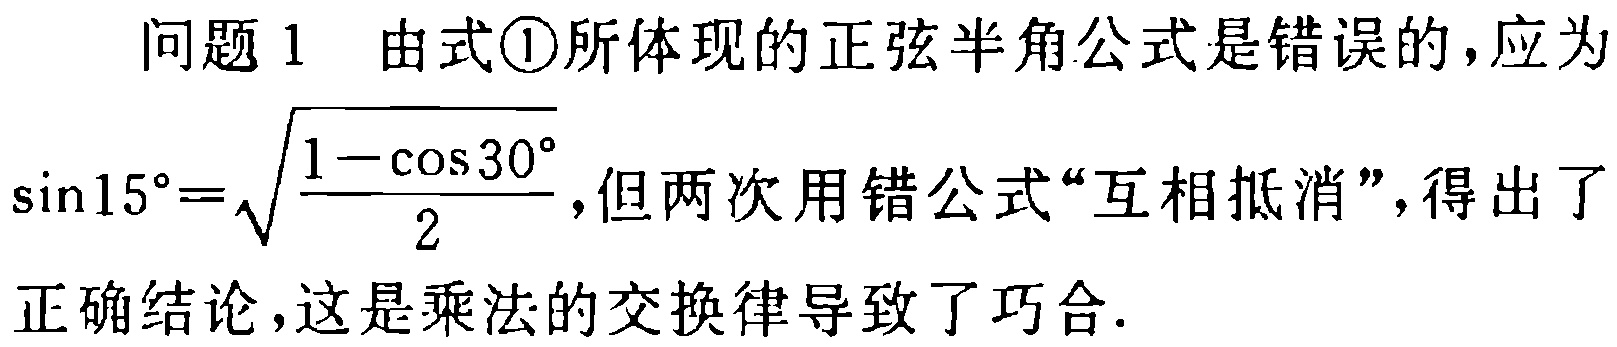
问题 1 由式\textcircled{1}所体现的正弦半角公式是错误的，应为
\(\sin15^{\circ}=\sqrt{\frac{1 - \cos30^{\circ}}{2}}\)，但两次用错公式“互相抵消”，得出了
正确结论，这是乘法的交换律导致了巧合.